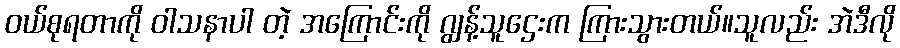
ဝယ်စုရတာကို ဝါသနာပါ တဲ့ အကြောင်းကို ဂျွန့်သူဌေးက ကြားသွားတယ်။သူလည်း အဲဒီလို